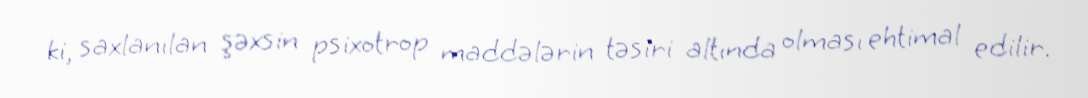
ki, saxlanılan şəxsin psixotrop maddələrin təsiri altında olması ehtimal edilir.